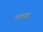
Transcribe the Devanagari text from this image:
मालवातु